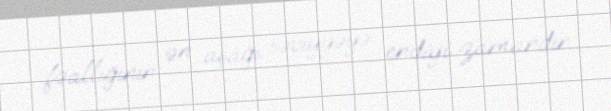
fəallığının ən aşağı səviyyəyə endiyi zamandır.